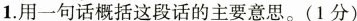
1.用一句话概括这段话的主要意思。(1分)